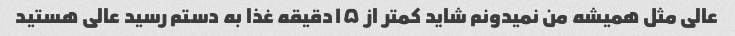
عالی مثل همیشه من نمیدونم شاید کمتر از ۱۵دقیقه غذا به دستم رسید عالی هستید